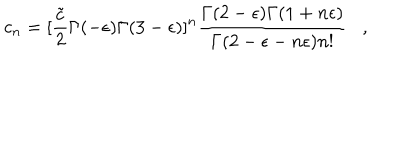
c _ { n } = [ { \frac { \tilde { c } } { 2 } } \Gamma ( - \epsilon ) \Gamma ( 3 - \epsilon ) ] ^ { n } \frac { \Gamma ( 2 - \epsilon ) \Gamma ( 1 + n \epsilon ) } { \Gamma ( 2 - \epsilon - n \epsilon ) n ! } ,